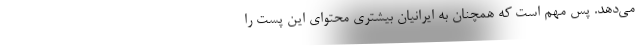
می‌دهد. پس مهم است که همچنان به ایرانیان بیشتری محتوای این پست را